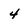
Character: 4